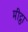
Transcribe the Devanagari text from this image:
मीट्ठा